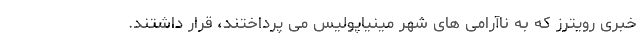
خبری رویترز که به ناآرامی های شهر مینیاپولیس می پرداختند، قرار داشتند.